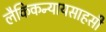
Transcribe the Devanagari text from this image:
लैकिकन्यायसाहसी